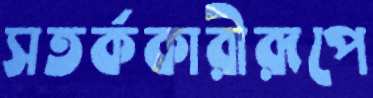
সতর্ককারীরূপে